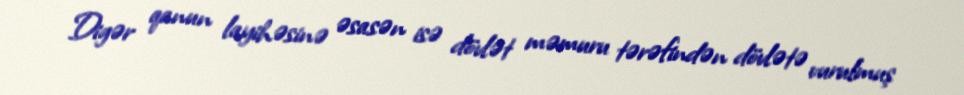
Digər qanun layihəsinə əsasən isə dövlət məmuru tərəfindən dövlətə vurulmuş